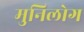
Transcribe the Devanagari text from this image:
मुनिलोग